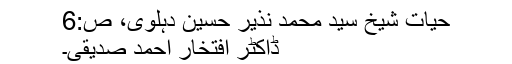
حیات شیخ سید محمد نذیر حسین دہلوی، ص:6
ڈاکٹر افتخار احمد صدیقی۔